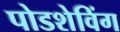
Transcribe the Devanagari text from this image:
पोडशेविंग